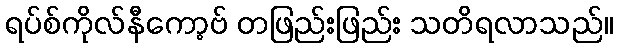
ရပ်စ်ကိုလ်နီကော့ဗ် တဖြည်းဖြည်း သတိရလာသည်။